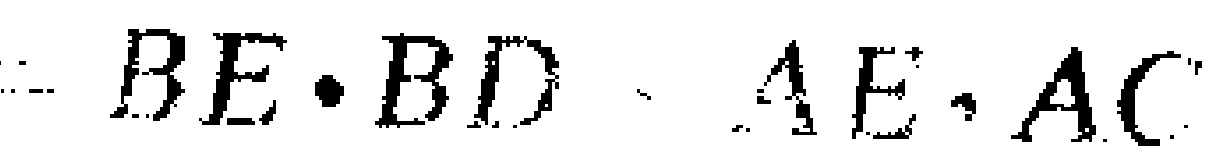
\(BE\cdot BD、AE\cdot AC\)